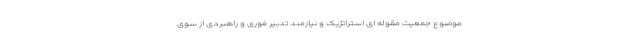
موضوع جمعیت مقوله ای استراتژیک و نیازمند تدبیر فوری و راهبردی از سوی